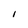
Character: I